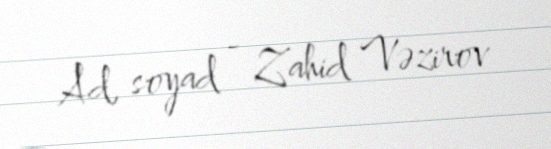
Ad, soyad - Zahid Vəzirov